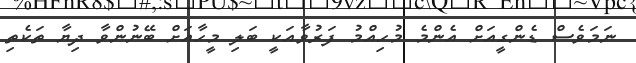
ނަމަވެސް ޑެންގީއަށް އެންމެ މުހިއްމު ފަރުވާއަކީ ބަލި މީހާއަށް ބޭނުންވާ ދިޔާ ތަކެތި